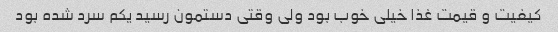
کیفیت و قیمت غذا خیلی خوب بود ولی وقتی دستمون رسید یکم سرد شده بود